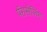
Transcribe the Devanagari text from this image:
पॅरासेलिंग